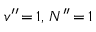
v ^ { \prime \prime } \, { = } \, 1 , \, N ^ { \prime \prime } \, { = } \, 1